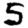
Digit: 5